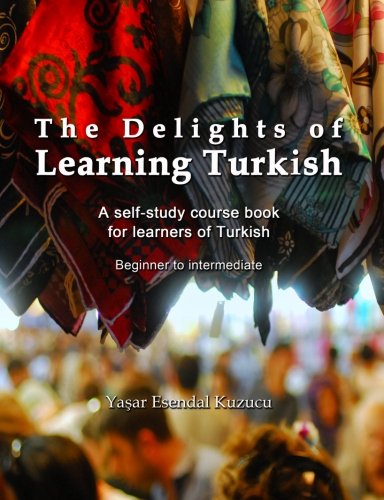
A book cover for The Delights of Learning Turkish: A self-study course book for learners of Turkish; Yasar Esendal Kuzucu; Reference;